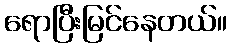
ရောပြီးမြင်နေတယ်။